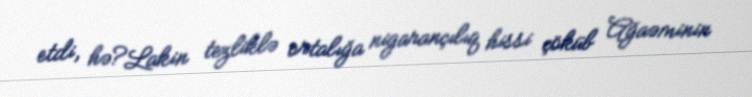
etdi, hə?Lakin tezliklə ortalığa nigarançılıq hissi çöküb Ağaəminin